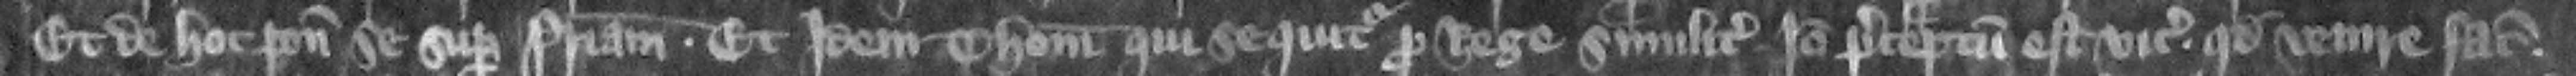
Et de hoc ponunt se super patriam. Et idem Thomas qui sequitur pro rege similiter. Ideo preceptum est vicecomiti quod venire faciat